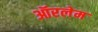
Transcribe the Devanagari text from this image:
ऑरलेम